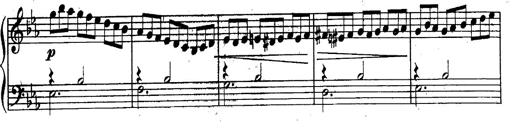
Title: Schubert's Impromptus [revised and edited by Franz Liszt]
Composer: Franz Liszt